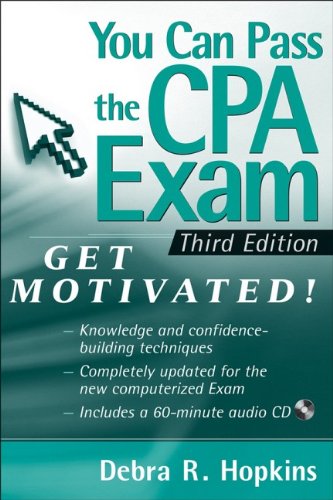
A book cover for You Can Pass the CPA Exam: Get Motivated; Debra R. Hopkins; Test Preparation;